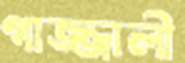
গাজ্জালী